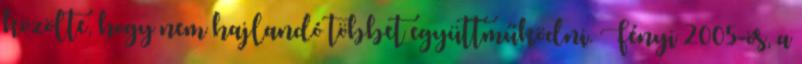
közölte, hogy nem hajlandó többet együttműködni. Fényi 2005-ös, a